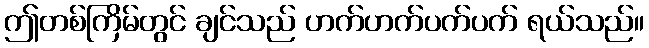
ဤတစ်ကြိမ်တွင် ချင်သည် ဟက်ဟက်ပက်ပက် ရယ်သည်။